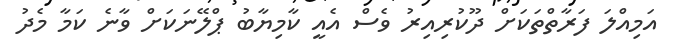
އަމިއްލަ ފަރާތްތަކަށް ދޫކުރިއިރު ވެސް އެއީ ކާމިޔާބު ޕްލޭނަކަށް ވާނެ ކަމާ މެދު